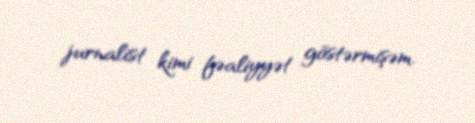
jurnalist kimi fəaliyyət göstərmişəm.